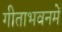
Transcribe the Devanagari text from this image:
गीताभवनमें